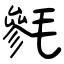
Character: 毿